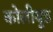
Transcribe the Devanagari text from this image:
कोलीवुड